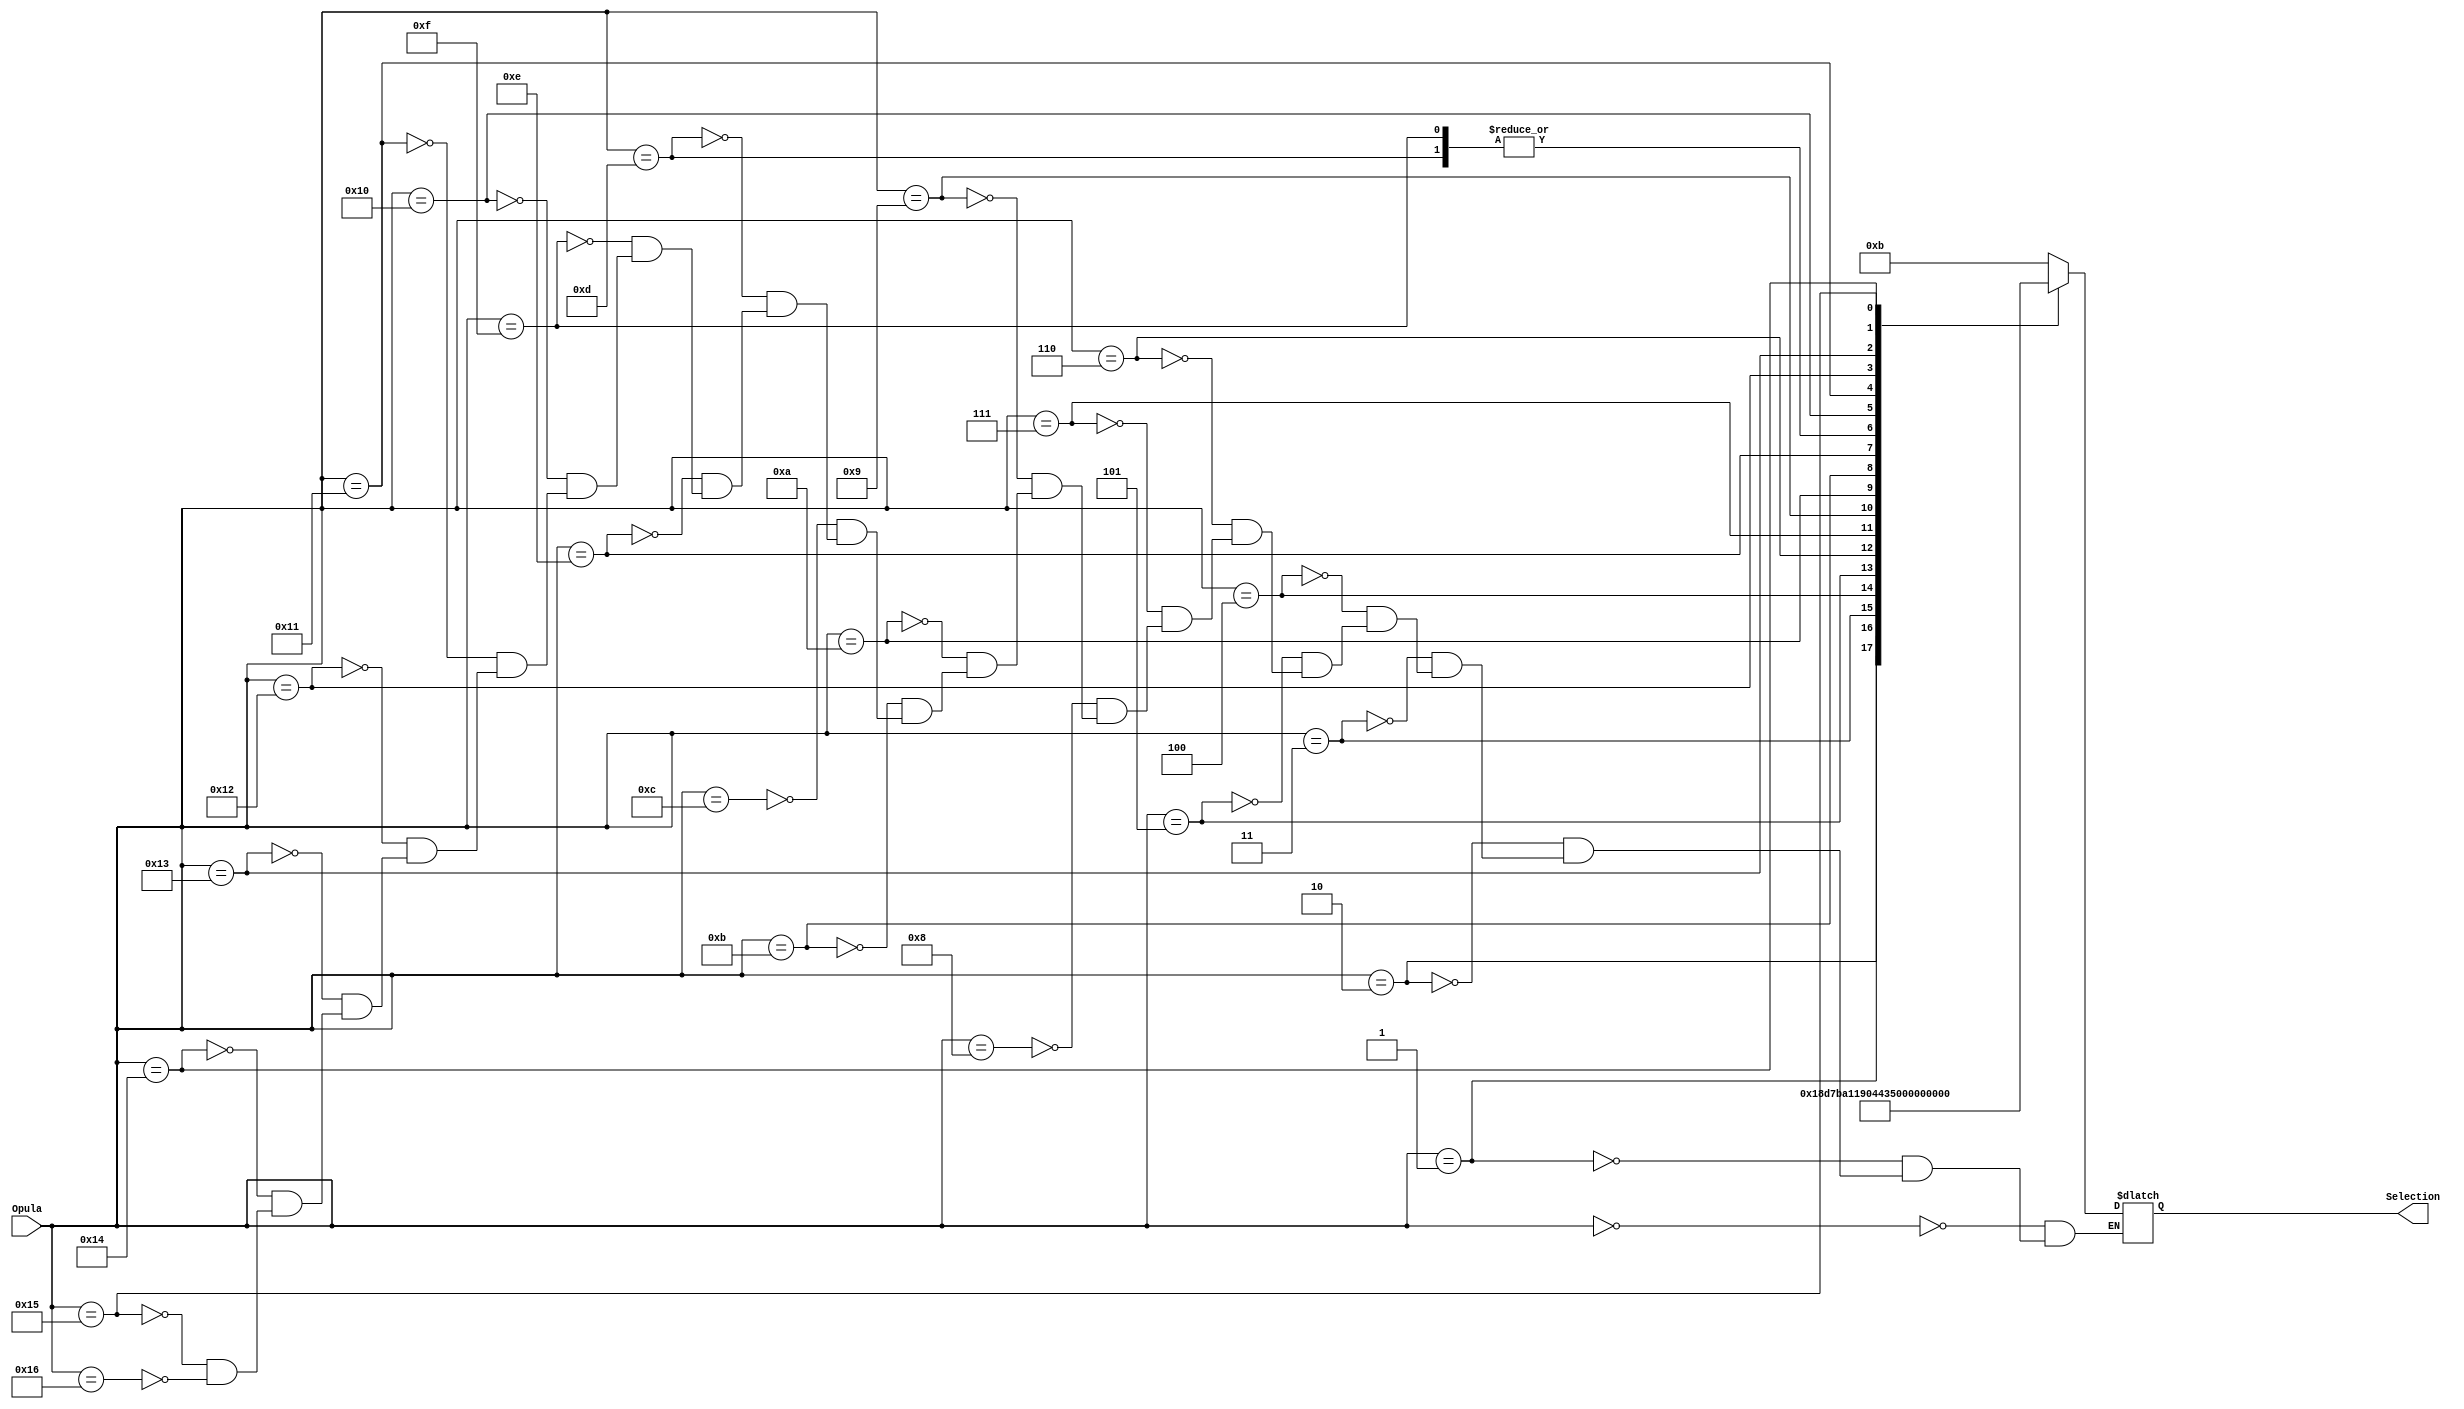
module unidade_de_controle_ULA(
			Opula,
			Selection
			);

input wire [4:0] Opula;
output reg [4:0] Selection;

parameter
		Opula_add		= 5'b00000,
		Opula_addinc	= 5'b00001,
		Opula_inca		= 5'b00010,
		Opula_subdec	= 5'b00011,
		Opula_sub		= 5'b00100,
		Opula_deca		= 5'b00101,
		Opula_lsl		= 5'b00110,
		Opula_rsl		= 5'b00111,
		Opula_zeros		= 5'b01000,
		Opula_and		= 5'b01001,
		Opula_andnota	= 5'b01010,
		Opula_andnotb	= 5'b01011,
		Opula_passa		= 5'b01100,
		Opula_passb		= 5'b01101,
		Opula_xor		= 5'b01110,
		Opula_or			= 5'b01111,
		Opula_nand		= 5'b10000,
		Opula_xnor		= 5'b10001,
		Opula_passnota	= 5'b10010,
		Opula_ornota	= 5'b10011,
		Opula_ornotb	= 5'b10100,
		Opula_nor		= 5'b10101,
		Opula_ones		= 5'b10110,
		Opula_asr		= 5'b10110
		;

	
parameter 
		//LOGICAL
		Opcode_not 				= 5'd0,
		Opcode_and 				= 5'd1,
		Opcode_and_not_A 		= 5'd2,
		Opcode_and_not_B 		= 5'd3,
		Opcode_nand 			= 5'd4,
		Opcode_or 				= 5'd5,
		Opcode_or_not_A 		= 5'd6,
		Opcode_or_not_B 		= 5'd7,
		Opcode_nor 				= 5'd8,
		Opcode_xor 				= 5'd9,
		Opcode_xnor 			= 5'd10,
		//ARITHMETICS
		Opcode_add 				= 5'd11,
		Opcode_add_inc 		= 5'd12,
		Opcode_inc_A 			= 5'd13,
		Opcode_sub 				= 5'd14,
		Opcode_sub_dec 		= 5'd15,
		Opcode_dec_A 			= 5'd16,
		//SHIFTERS
		Opcode_lsl 				= 5'd17,
		Opcode_rsl 				= 5'd18,
		Opcode_asr				= 5'd19
		;	
	
	
always @( * ) begin

	case(Opula)
		Opula_add: begin
			Selection = Opcode_add;
		end
		Opula_addinc: begin
			Selection = Opcode_add_inc;
		end
		Opula_inca: begin
			Selection = Opcode_inc_A;
		end
		Opula_subdec: begin
			Selection = Opcode_sub_dec;
		end
		Opula_sub: begin
			Selection = Opcode_sub;
		end
		Opula_deca: begin
			Selection = Opcode_dec_A;
		end
		Opula_lsl: begin
			Selection = Opcode_lsl;
		end
		Opula_rsl: begin
			Selection = Opcode_rsl;
		end
		//$s5 = $zero + $zero
		Opula_zeros: begin
			Selection = Opcode_add;
		end
		Opula_and: begin
			Selection = Opcode_and;
		end
		Opula_andnota: begin
			Selection = Opcode_and_not_A;
		end
		Opula_andnotb: begin
			Selection = Opcode_and_not_B;
		end
		//$s5 = $s4 + $zero
		Opula_passa: begin
			Selection = Opcode_add;
		end
		//$s5 = $s4 | $zero
		Opula_passb: begin
			Selection = Opcode_or;
		end
		Opula_xor: begin
			Selection = Opcode_xor;
		end
		Opula_or: begin
			Selection = Opcode_or;
		end
		Opula_nand: begin
			Selection = Opcode_nand;
		end
		Opula_xnor: begin
			Selection = Opcode_xnor;
		end
		Opula_passnota: begin
			Selection = Opcode_not;
		end
		Opula_ornota: begin
			Selection = Opcode_or_not_A;
		end
		Opula_ornotb: begin
			Selection = Opcode_or_not_B;
		end
		Opula_nor: begin
			Selection = Opcode_nor;
		end
		//$s5 = $one + $zero
		Opula_ones: begin
			Selection = Opcode_add;
		end
		Opula_asr: begin
			Selection = Opcode_asr;
		end
	endcase

end
	
endmodule